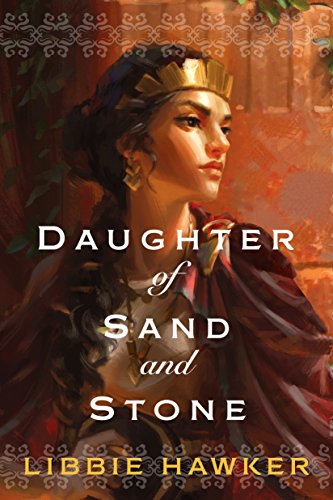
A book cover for Daughter of Sand and Stone; Libbie Hawker; Romance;